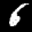
Label: 6